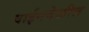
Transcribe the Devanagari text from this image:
वाईनदेखील